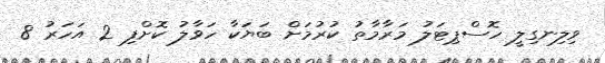
ވިލިނގިލީ ހޮސްޕިޓަލު މަރާމާތު ކުރުމަށް ބަޔަކާ ހަވާލު ކޮށްފި 2 އަހަރު 8